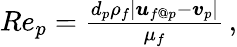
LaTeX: \begin{array}{r}{Re_{p}=\frac{d_{p}\rho_{f}|\boldsymbol{u}_{f@p}-\boldsymbol{v}_{p}|}{\mu_{f}}\, ,}\end{array}